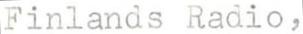
Finlands Radio,